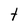
Character: t